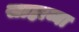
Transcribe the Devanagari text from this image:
साहाय्या